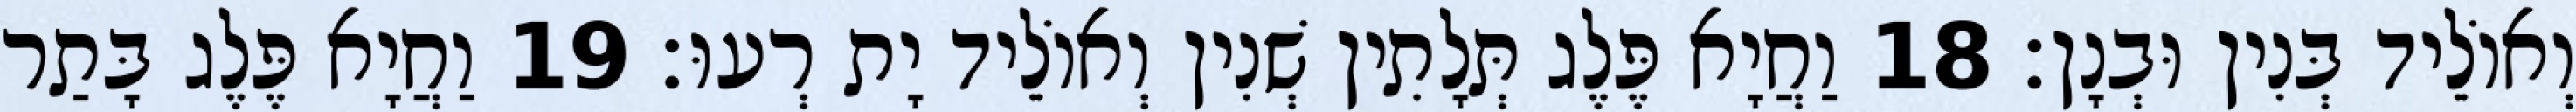
וְאוֹלֵיד בְּנִין וּבְנָן׃ 18 וַחֲיָא פֶּלֶג תְּלָתִין שְׁנִין וְאוֹלֵיד יָת רְעוּ׃ 19 וַחֲיָא פֶּלֶג בָּתַר